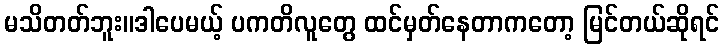
မသိတတ်ဘူး။ဒါပေမယ့် ပကတိလူတွေ ထင်မှတ်နေတာကတော့ မြင်တယ်ဆိုရင်